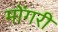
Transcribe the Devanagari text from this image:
मोंगरी